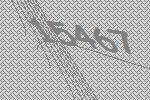
15467